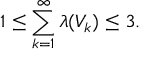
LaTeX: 1 \leq \sum _ { k = 1 } ^ { \infty } \lambda ( V _ { k } ) \leq 3 .